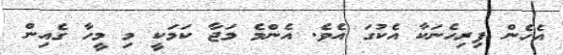
އެހެން ފިރިހެނަކާ އެކުގަ އެވެ. އެންމެ މަޖާ ކަމަކީ މި މީހާ ގެއިން